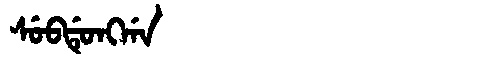
Manchu: ᠰᡠᠪᡩᡠᠩᡤᠠ
Romanization: SUBDUNGGA